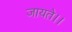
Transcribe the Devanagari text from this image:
जायते।।